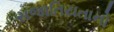
સજાતિયતાનો